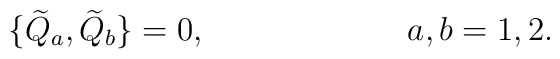
\{ {\widetilde Q_a}, {\widetilde Q_b} \} = 0, \hspace{1in}a,b = 1,2.